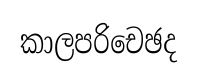
කාලපරිචෙඡද